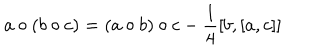
a \circ ( b \circ c ) = ( a \circ b ) \circ c - \frac { 1 } { 4 } [ b , [ a , c ] ]